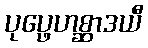
ပုပ္ဖေဟစ္ဆာဒယီ